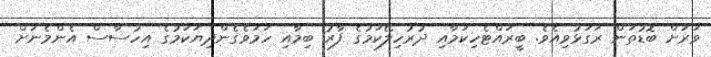
ވަރަށް ބޮޑުތަން ރަގަޅުވިއެވެ. ބީރައްޓެހިކަމާއި ދުރުހިލޭކަމުގެ ފާރު ބިމާއި ހަމަވެގެންދިޔަކަމުގެ އިހުސާސް އެންމެނަށް